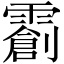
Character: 𬰌